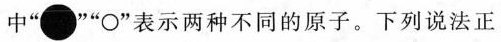
中”●””O”表示两种不同的原子。下列说法正